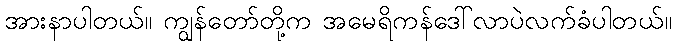
အားနာပါတယ်။ ကျွန်တော်တို့က အမေရိကန်ဒေါ်လာပဲလက်ခံပါတယ်။